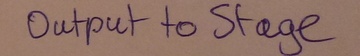
Text: Output to Stage